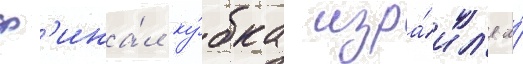
ф'ина́л ку́бка изра́ил'я и́